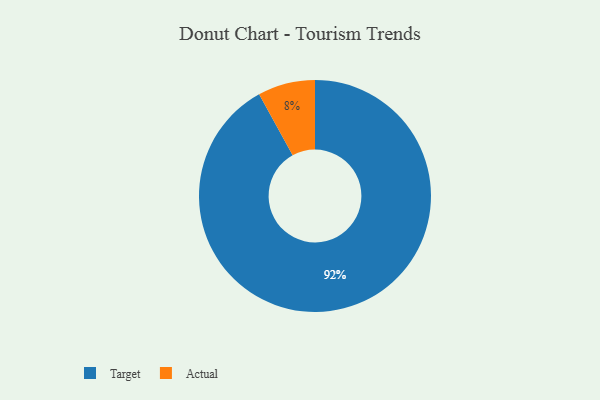
{"axis": {"x": "Category", "y": "Percentage"}, "legend": ["Actual", "Target"], "data": [{"x": "Target", "y": 92, "type": "Target"}, {"x": "Actual", "y": 8, "type": "Actual"}]}